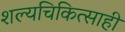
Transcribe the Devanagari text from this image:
शल्यचिकित्साही